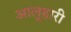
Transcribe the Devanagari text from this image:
आलूहारी